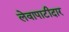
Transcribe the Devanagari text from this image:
लेवापाटीदार